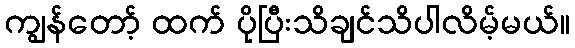
ကျွန်တော့် ထက် ပိုပြီးသိချင်သိပါလိမ့်မယ်။